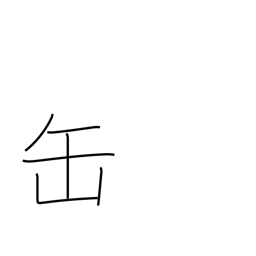
Meaning: tin can